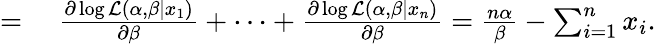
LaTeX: \begin{array}{rl}{={}}&{{}{\frac{\partial\log{\mathcal{L}}(\alpha,\beta\mid x_{1})}{\partial\beta}}+\cdots+{\frac{\partial\log{\mathcal{L}}(\alpha,\beta\mid x_{n})}{\partial\beta}}={\frac{n\alpha}{\beta}}-\sum_{i=1}^{n}x_{i}.}\end{array}